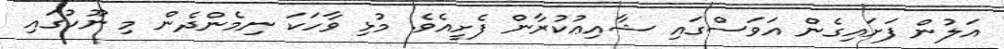
އަލުން ފަށައިގެން އަވަސްގައި ޝާއިޢުކުރާން ފެށީއެވެ. މުޅި ވާހަކަ ނިމެންދެން މި ނޫހުގައި